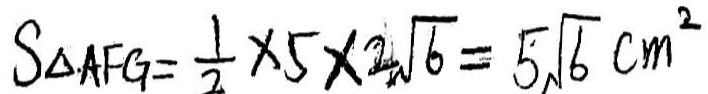
S _ { \Delta A F G } = \frac { 1 } { 2 } \times 5 \times 2 \sqrt { 6 } = 5 \sqrt { 6 } c m ^ { 2 }